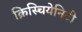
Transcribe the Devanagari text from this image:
क्रिस्चियेनिटी